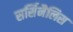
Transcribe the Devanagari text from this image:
सर्सिनैलिस